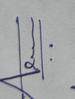
Signature authenticity: genuine